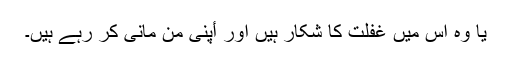
یا وہ اس میں غفلت کا شکار ہیں اور أپنی من مانی کر رہے ہیں۔